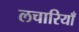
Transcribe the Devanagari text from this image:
लचारियाँ